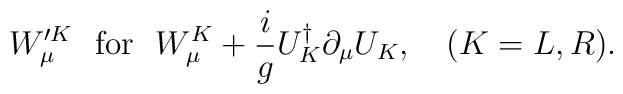
W_\mu^{\prime K} ~~\mbox{for}~~ W^{K}_\mu +\frac{i}{g}U^\dagger_{K}\partial_\mu U_{K},~~~(K=L,R).